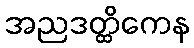
အညဒတ္ထိကေန